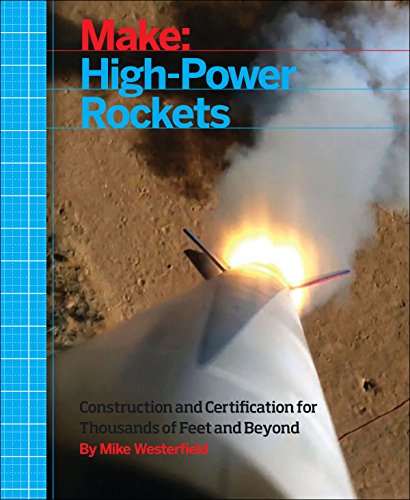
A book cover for Make: High-Power Rockets; Mike Westerfield; Science & Math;